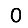
Digit: 0